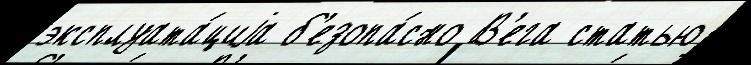
эксплуата́циjа б'езопа́сно В'ега статью